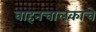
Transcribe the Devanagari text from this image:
वाहनचालकाचे